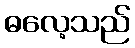
ဓလေ့သည်